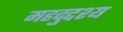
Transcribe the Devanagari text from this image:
महदुद्दश्य